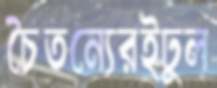
চৈতন্যেরইঢুল